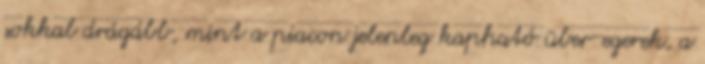
sokkal drágább, mint a piacon jelenleg kapható über-egerek, a